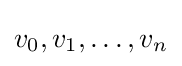
v_{0},v_{1},\dots ,v_{n}